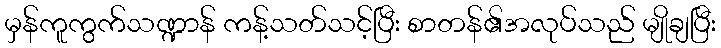
မှန်ကူကွက်သဏ္ဍာန် ကန့်သတ်သင့်ပြီး စာတန်၏အလုပ်သည် မျိုချပြီး